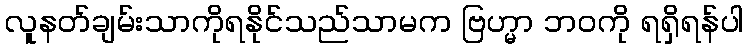
လူနတ်ချမ်းသာကိုရနိုင်သည်သာမက ဗြဟ္မာ ဘဝကို ရရှိရန်ပါ